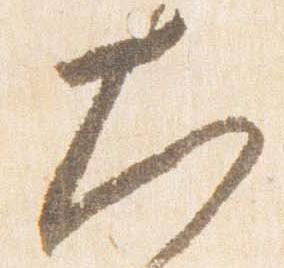
大